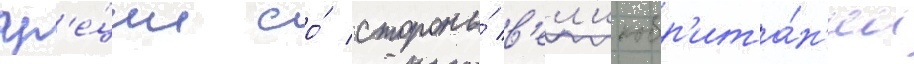
гр'е́ции со́ стороны́ в'ел'икобр'ита́н'ии